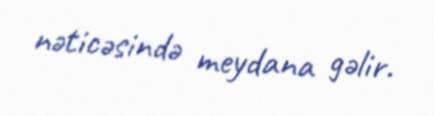
nəticəsində meydana gəlir.